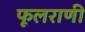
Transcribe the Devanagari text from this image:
फूलराणी